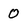
Character: 0